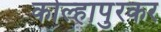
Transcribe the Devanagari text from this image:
कोल्हापुरकर